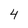
Character: 4